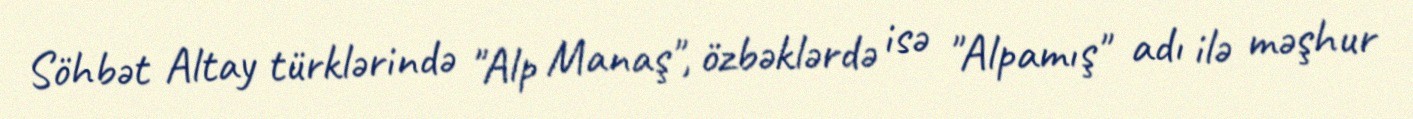
Söhbət Altay türklərində "Alp Manaş", özbəklərdə isə "Alpamış" adı ilə məşhur